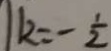
k = - \frac { 1 } { 2 }